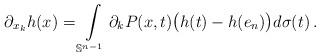
LaTeX: \begin{align*}\partial_{x_k}h(x) = \int\limits_{\mathbb{S}^{n-1}} \partial_k P(x,t) \big(h(t) -h(e_n)\big) d\sigma(t)\,.\end{align*}